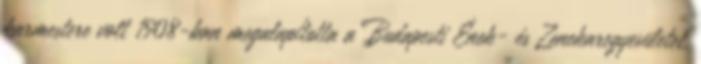
karmestere volt 1908-ban megalapította a Budapesti Ének- és Zenekaregyesületet,